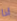
اذا